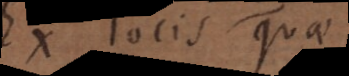
Ex locis quae